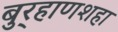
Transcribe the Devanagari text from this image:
बुर्‍हाणशहा